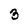
Character: 3